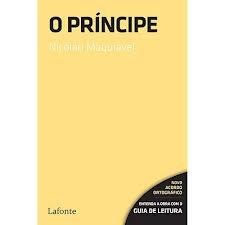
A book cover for O PrÃ­ncipe; Nicolau Maquiavel; Crafts, Hobbies & Home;